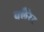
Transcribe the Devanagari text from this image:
क्लैरेट